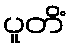
ပူတိံ